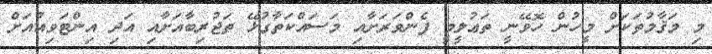
މި މަޤާމުތަކަށް މީހުން ހޮވޭނީ ތަޢުލީމީ ފެންވަރަށާއި މަސައްކަތާގުޅޭ ތަޖުރިބާއަށާއި އަދި އިންޓަވިއުއަށް